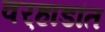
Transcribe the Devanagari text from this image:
वर्‍हाडांत